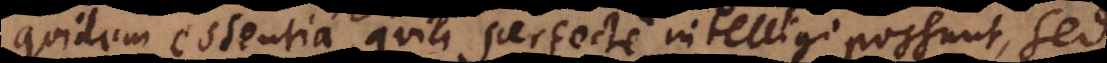
quidem essentia, quia perfecte intelligi possunt, sed